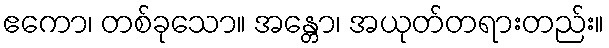
ဧကော၊ တစ်ခုသော။ အန္တော၊ အယုတ်တရားတည်း။